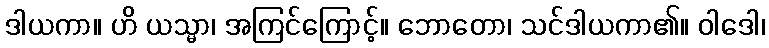
ဒါယကာ။ ဟိ ယသ္မာ၊ အကြင်ကြောင့်။ ဘောတော၊ သင်ဒါယကာ၏။ ဝါဒေါ၊